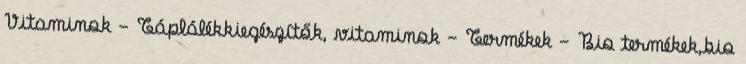
Vitaminok - Táplálékkiegészítők, vitaminok - Termékek - Bio termékek,bio